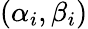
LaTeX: (\alpha_{i},\beta_{i})